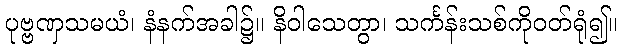
ပုဗ္ဗဏှသမယံ၊ နံနက်အခါ၌။ နိဝါသေတွာ၊ သင်္ကန်းသစ်ကိုဝတ်ရုံ၍။